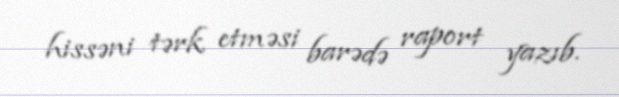
hissəni tərk etməsi barədə raport yazıb.